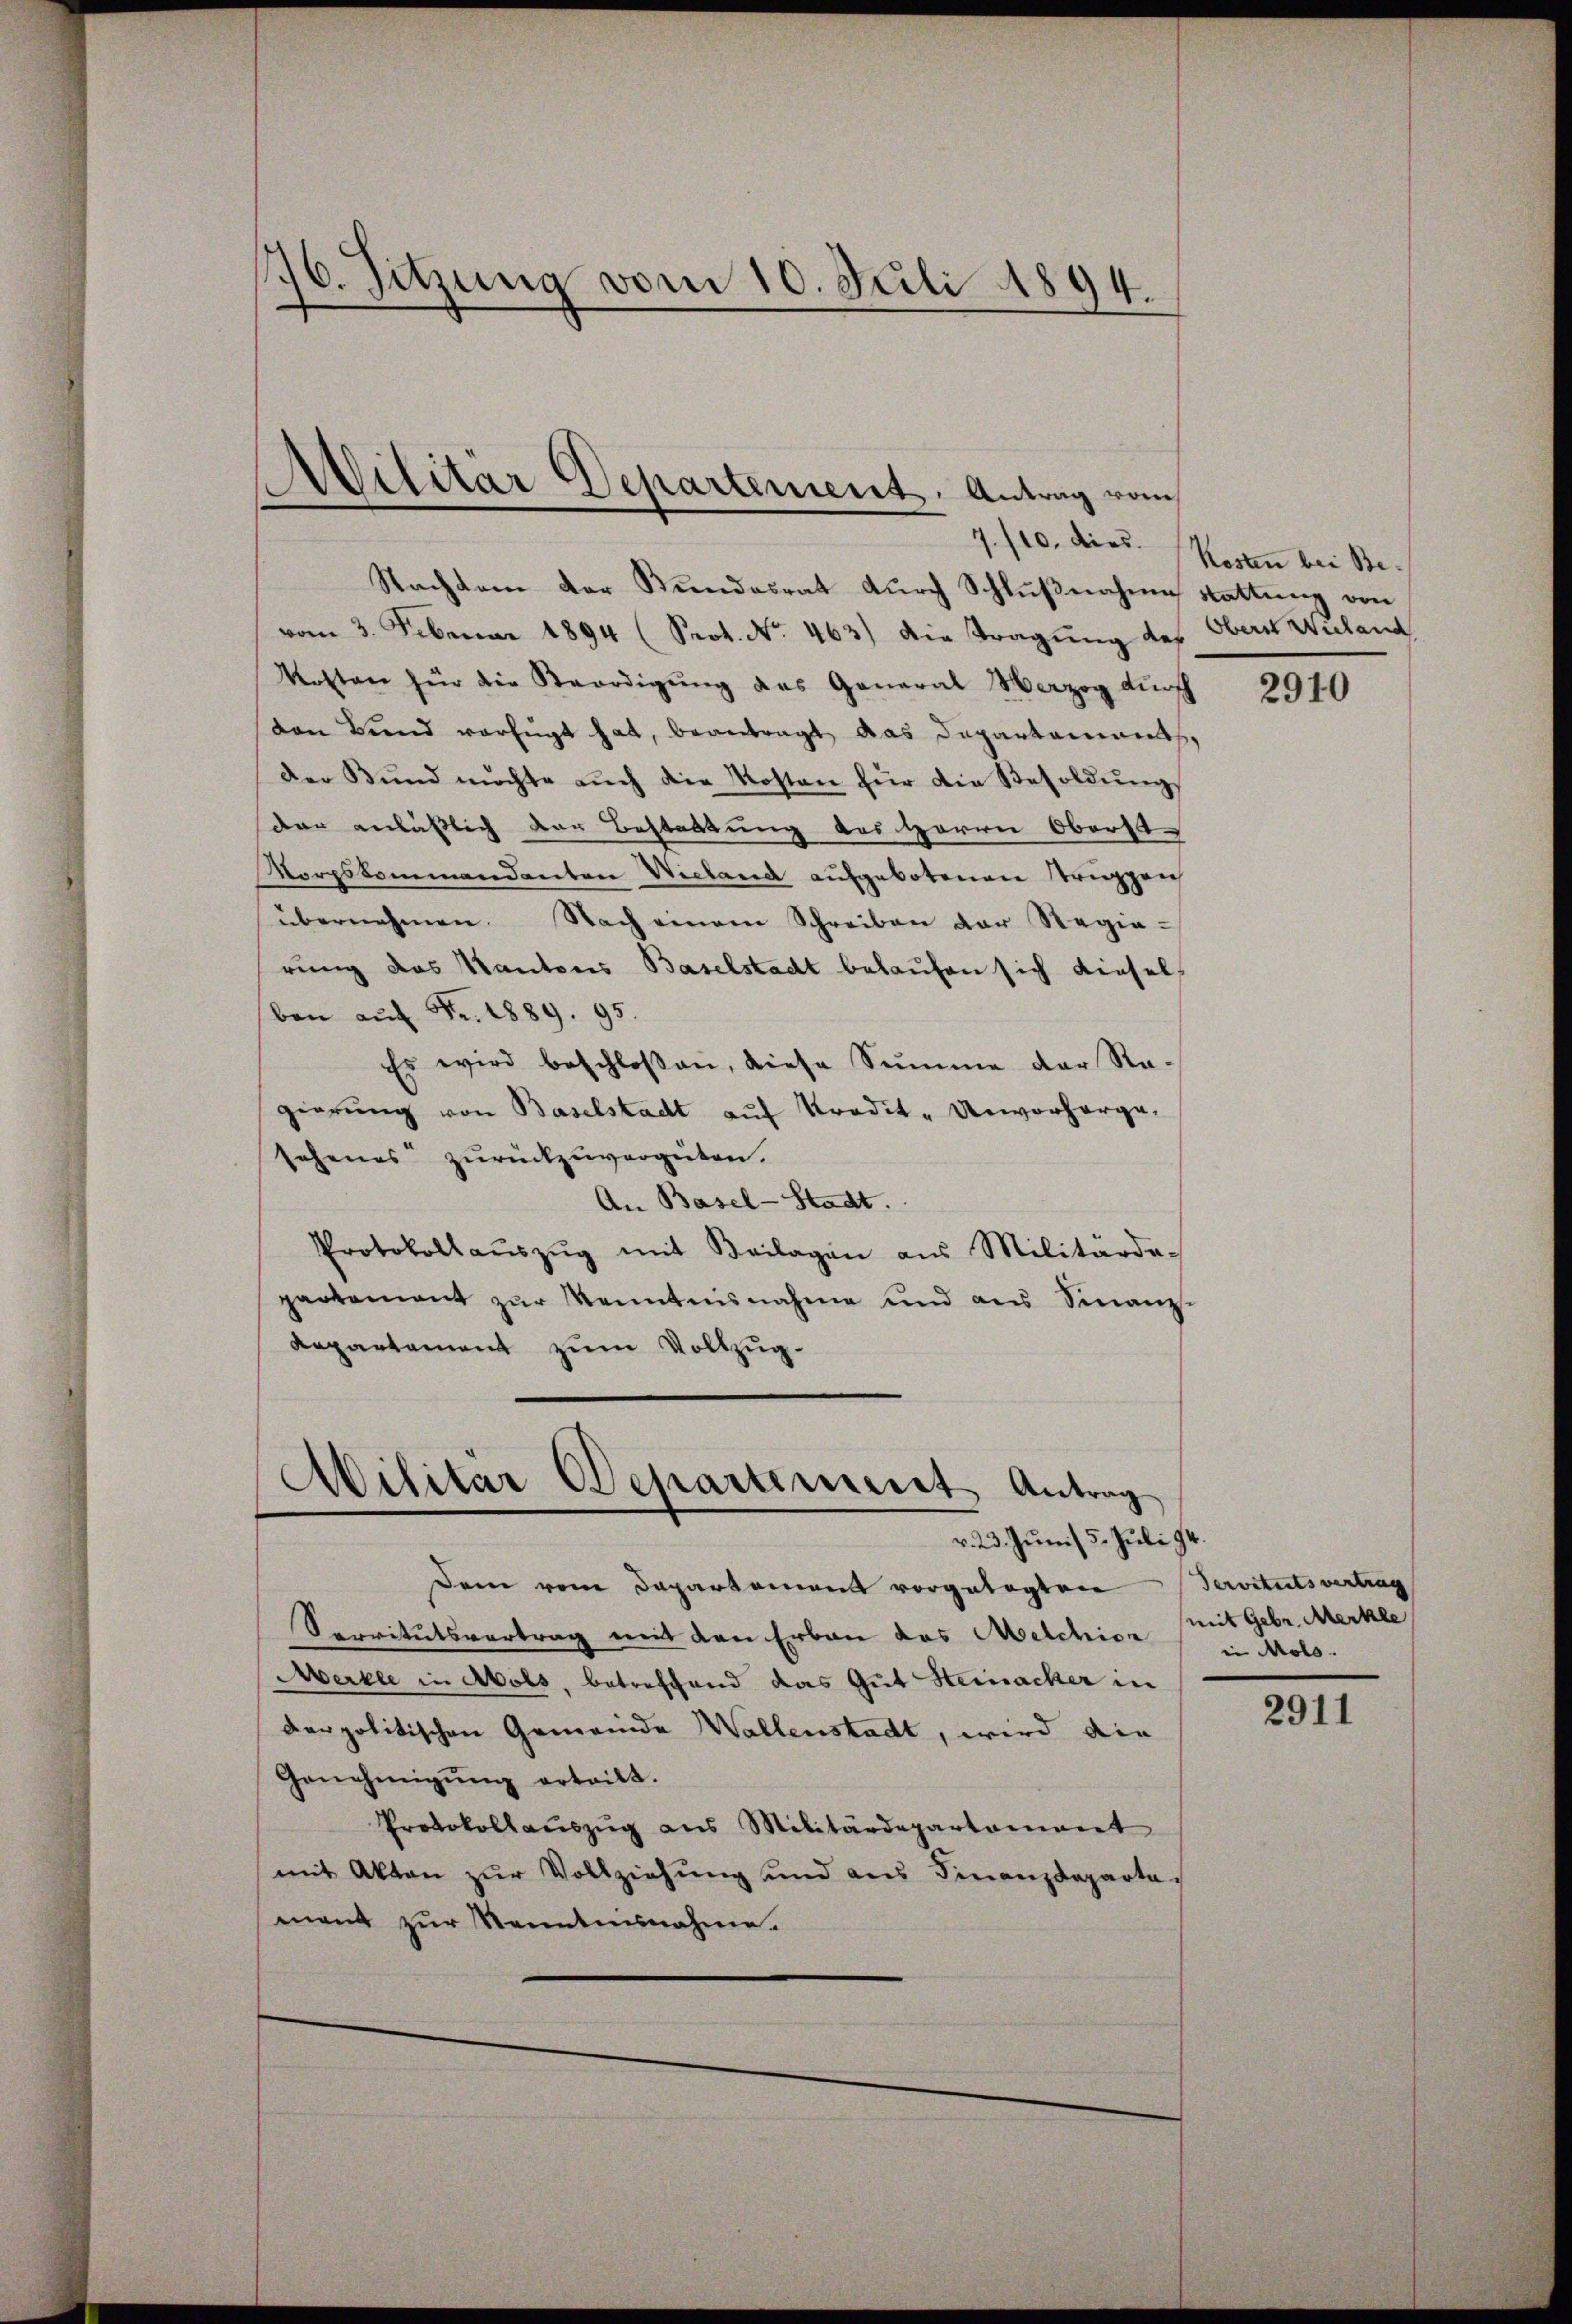
16. Sitzung vom 10. Juli 1894.

Militär Departement, Antrag vom

Nachten der Kundesrat dŭrch Schlŭβnahme stattung von
vom 3. Februar 1894 (Prot. No. 463) die Tragung des Obern Wuland
Kosten für die Verdigung des General Herzog durch
von Bund verfügt hat, beantragt das Departamants,
der Bŭnd möchte aŭch die Kosten für die Besoldŭngs
der anläßlich der Bestattung des Herrn Oberst
Norpskommandanten Wieland aufgebotenen Truppen
übernehmen. Nach einem Schreiben der Regie-
rung das Kantons Baselstadt belaufen sich diesel
ben aŭf Fr. 1889. 95.
Es wird beschloßen, diese Summe der Re-
gierung von Baselstadt auf Kredit- Unvorherge,
sehenes zurückzuvergüten.
An Basel-Stadt.
Protokoll aŭszŭg mit Beilagen aus Militärde-
partement zŭr Kenntnisnahme und aus Finanz-
Repartement zum Vollzug.

Ailitar Departement Antrag
v. 23. Juni / 5. Juli 94.

Dem vom Departement vorgelegten
Servitutsvertrag mit den Erbau das Melchion
Merkle in Abols, betreffend das Gut Steinacker in
derpolitischen Gemeinde Wallenstadt, wird die
Genehmigŭng erteilt.
Protokollauszug aus Militärdepartament
mit Akten zur Vollziehung und aus Finanzdepartas
mant zur Kenntnisnahme.

7./10. dies. Kosten bei Be¬

2910

Servituts vertrag
mit Gebr. Merkle
in Molo.

2911